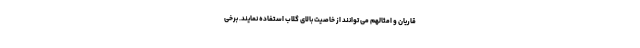
قاریان و امثالهم می توانند از خاصیت بالای گلاب استفاده نمایند. برخی